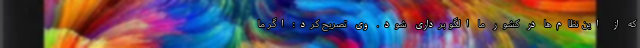
که از این نظام‌ها در کشور ما الگو برداری شود. وی تصریح کرد: اگر ما